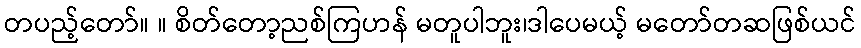
တပည့်တော်။ ။ စိတ်တော့ညစ်ကြဟန် မတူပါဘူး၊ဒါပေမယ့် မတော်တဆဖြစ်ယင်